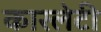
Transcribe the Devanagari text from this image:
कारलेटी